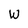
Character: W